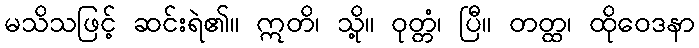
မသိသဖြင့် ဆင်းရဲ၏။ ဣတိ၊ သို့။ ဝုတ္တံ၊ ပြီ။ တတ္ထ၊ ထိုဝေဒနာ